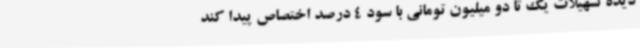
دیده تسهیلات یک تا دو میلیون تومانی با سود 4 درصد اختصاص پیدا کند